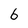
Character: 6